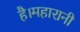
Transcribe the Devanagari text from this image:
है।महारानी